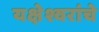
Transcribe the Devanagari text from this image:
यक्षेश्वरांचे